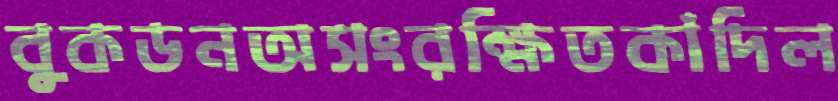
বুকডনঅসংরক্ষিতকাঁদিল